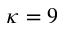
\kappa = 9